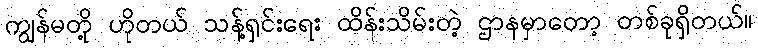
ကျွန်မတို့ ဟိုတယ် သန့်ရှင်းရေး ထိန်းသိမ်းတဲ့ ဌာနမှာတော့ တစ်ခုရှိတယ်။